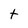
Character: t